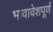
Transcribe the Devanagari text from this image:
भावावेशपूर्ण